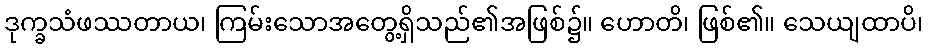
ဒုက္ခသံဖဿတာယ၊ ကြမ်းသောအတွေ့ရှိသည်၏အဖြစ်၌။ ဟောတိ၊ ဖြစ်၏။ သေယျထာပိ၊